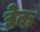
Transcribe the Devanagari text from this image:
द्येक